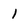
Character: 1